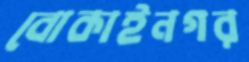
বোকাইনগর